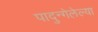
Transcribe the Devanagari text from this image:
पादुन्गेलेल्या